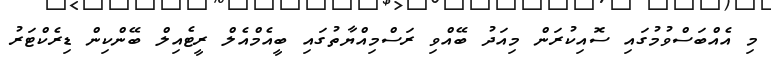
މި އެއްބަސްވުމުގައި ސޮއިކުރަން މިއަދު ބޭއްވި ރަސްމިއްޔާތުގައި ބީއެމްއެލް ރީޓެއިލް ބޭންކިން ޑިރެކްޓަރު